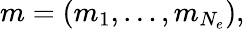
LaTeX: m=(m_{1},\ldots,m_{N_{e}}),